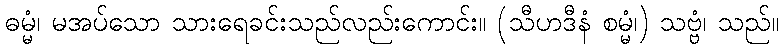
ဓမ္မံ၊ မအပ်သော သားရေခင်းသည်လည်းကောင်း။ (သီဟဒီနံ စမ္မံ၊) သဗ္ဗံ၊ သည်။